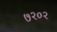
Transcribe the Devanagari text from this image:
७२०२